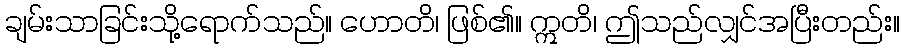
ချမ်းသာခြင်းသို့ရောက်သည်။ ဟောတိ၊ ဖြစ်၏။ ဣတိ၊ ဤသည်လျှင်အပြီးတည်း။